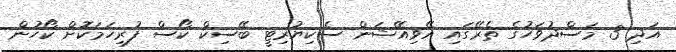
އަދި 3 މަސްދުވަހުގެ ތެރޭގައި އޭވިއޭޝަން ސެކިޔުރިޓީ ބޭސިކް ކޯސް ފުރިހަމަކޮށް ކޯހުން